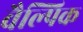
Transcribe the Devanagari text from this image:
वैल्पिक